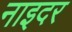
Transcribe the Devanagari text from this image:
नाइदर